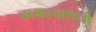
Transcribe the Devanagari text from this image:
नामाच्याऐवजी